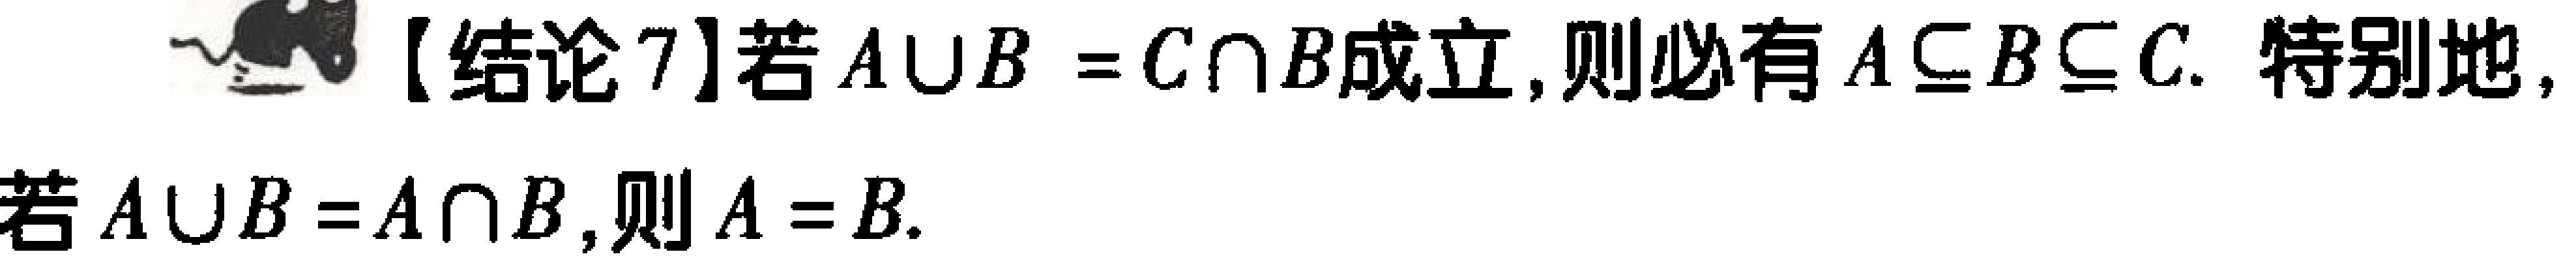
【结论7】若 \(A\cup B = C\cap B\)成立，则必有 \(A\subseteq B\subseteq C\). 特别地，若 \(A\cup B = A\cap B\)，则 \(A = B\).